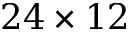
2 4 \times 1 2